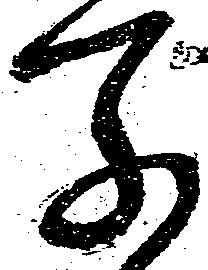
子